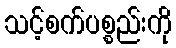
သင့်စက်ပစ္စည်းကို